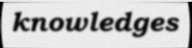
knowledges